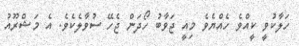
ހަލާކުވީ ކީއްވެ ހެއްޔެވެ މިއީ ޖަވާބު ހޯދަން ޖެހޭ ސުވާލެކެވެ. އެ މަޝްރޫއު